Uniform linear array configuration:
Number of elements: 8
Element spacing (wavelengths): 0.25
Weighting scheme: uniform
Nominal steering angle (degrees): -60
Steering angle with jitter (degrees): -61.355
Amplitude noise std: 0.05
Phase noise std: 0.05

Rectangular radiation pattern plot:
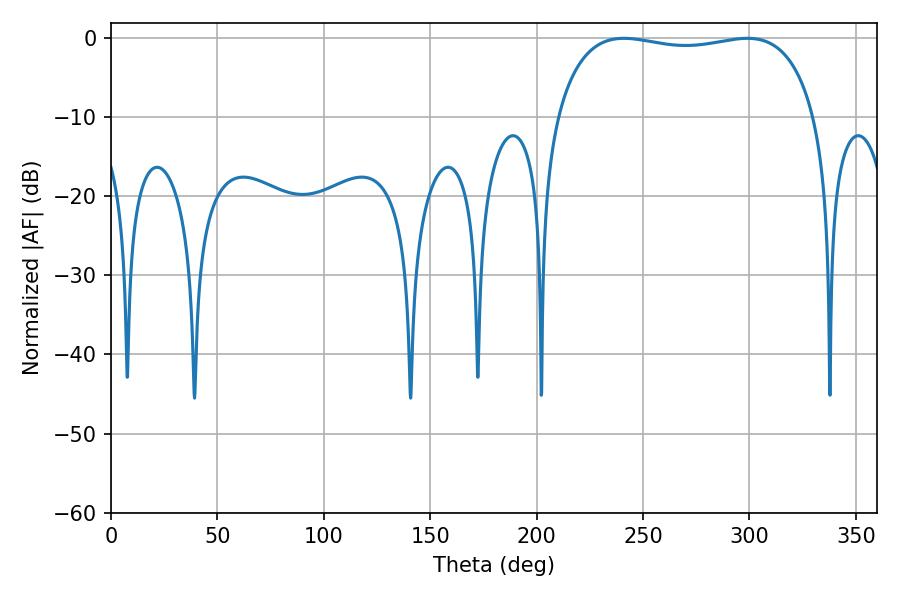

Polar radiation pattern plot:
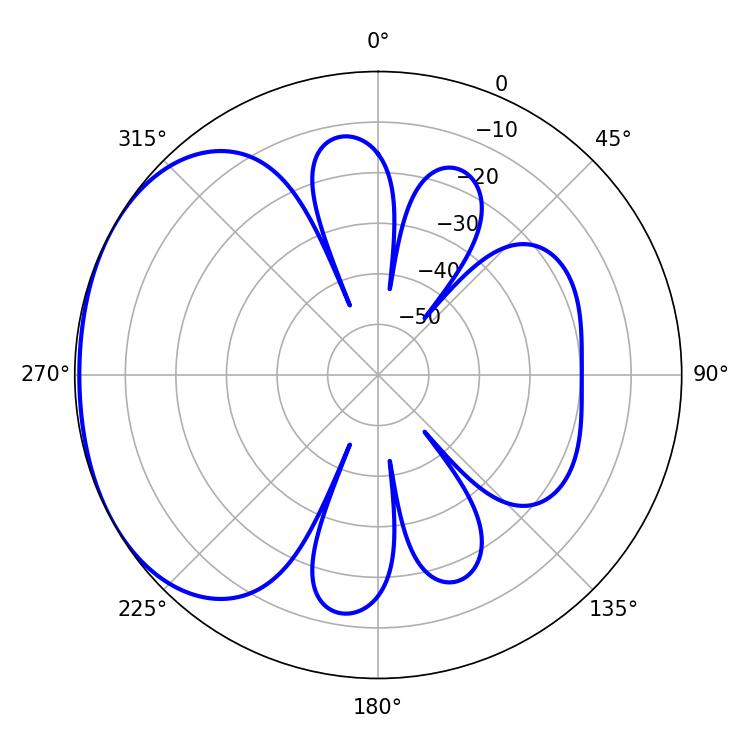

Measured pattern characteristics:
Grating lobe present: FALSE
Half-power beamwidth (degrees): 98.28
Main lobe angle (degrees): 241.02